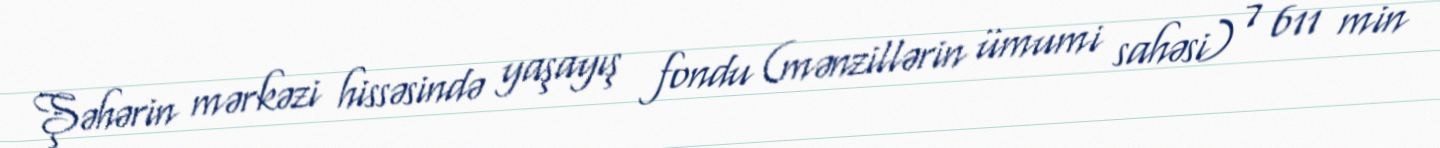
Şəhərin mərkəzi hissəsində yaşayış fondu (mənzillərin ümumi sahəsi) 7 611 min